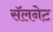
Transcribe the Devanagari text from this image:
सॅलनेट